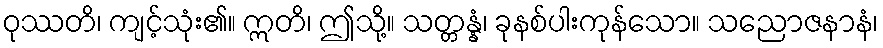
ဝုဿတိ၊ ကျင့်သုံး၏။ ဣတိ၊ ဤသို့။ သတ္တန္နံ၊ ခုနစ်ပါးကုန်သော။ သညောဇနာနံ၊